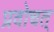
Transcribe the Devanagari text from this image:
प्रवोचत्